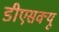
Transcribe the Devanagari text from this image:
डीएसक्यू